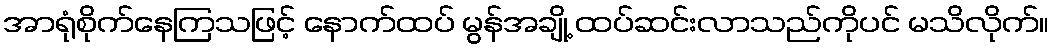
အာရုံစိုက်နေကြသဖြင့် နောက်ထပ် မွန်အချို့ ထပ်ဆင်းလာသည်ကိုပင် မသိလိုက်။